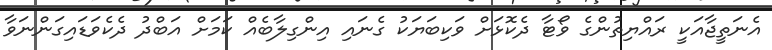
އެނަތީޖާއަކީ ރައްޔިތުންގެ ވޯޓާ ދެކޮޅަށް ވަކިބަޔަކު ގެނައި އިންގިލާބެއް ކަމަށް އަބްދު ދެކެވަޑައިގަންނަވާ